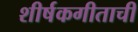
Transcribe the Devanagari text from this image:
शीर्षकगीताची